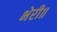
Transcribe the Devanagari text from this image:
भेरी॥